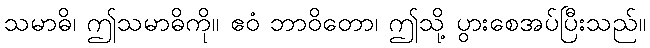
သမာဓိ၊ ဤသမာဓိကို။ ဧဝံ ဘာဝိတော၊ ဤသို့ ပွားစေအပ်ပြီးသည်။